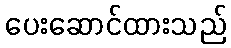
ပေးဆောင်ထားသည်